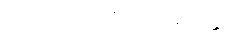
ဝေဒနာသင်္ခယဝိမုတ္တော